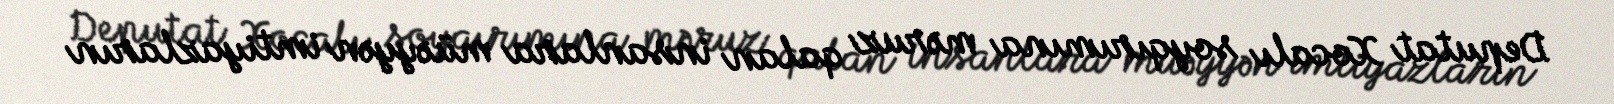
Deputat Xocalı soyqırımına məruz qalan insanlara müəyyən imtiyazların